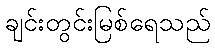
ချင်းတွင်းမြစ်ရေသည်